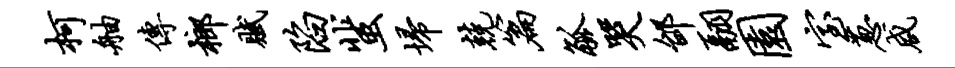
柯舳传榔赋陷蜚埽兢篇觚哭邰翮园室葱咸